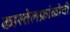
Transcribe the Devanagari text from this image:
कास्तेलफ्रांकोची